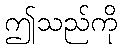
ဤသည်ကို